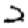
Digit: 2